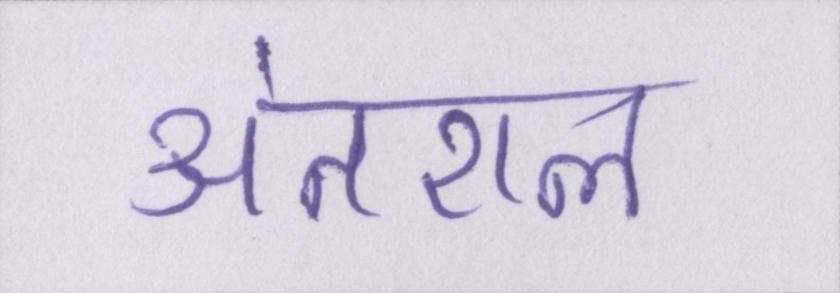
अंतराल